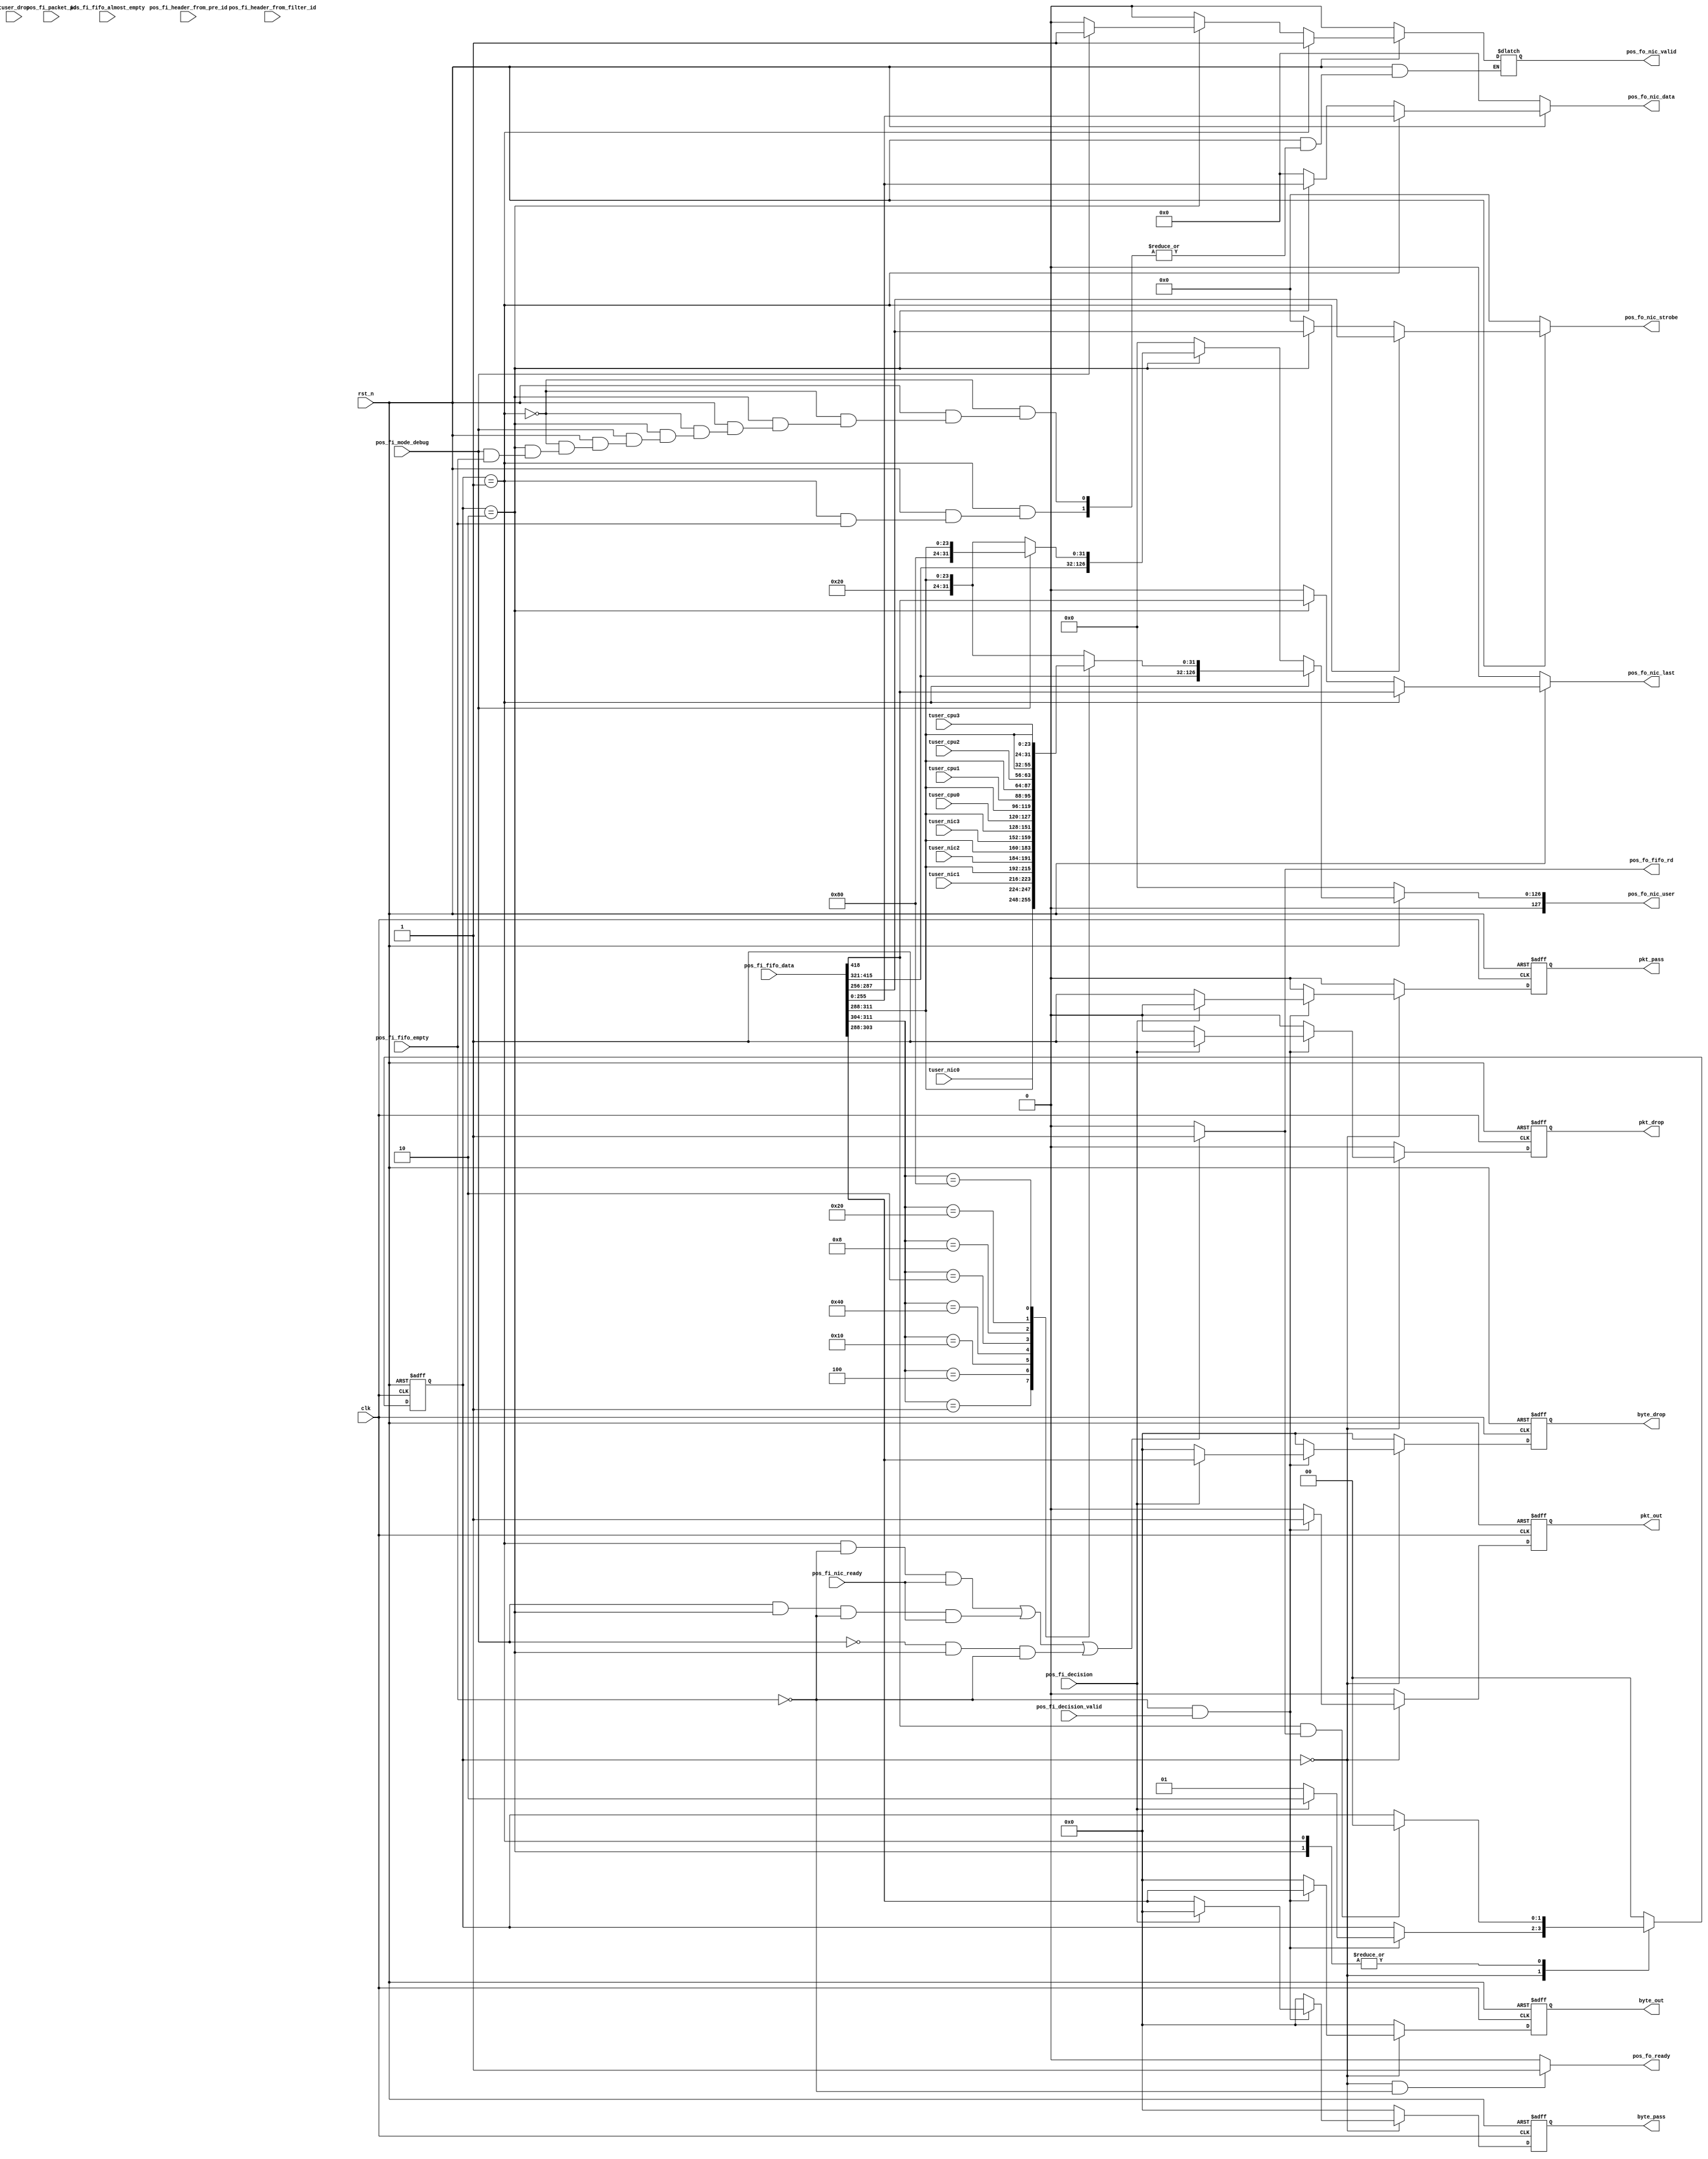
`timescale 1ns / 1ps
//////////////////////////////////////////////////////////////////////////////////
// University:     Ho Chi Minh City University of Technology (HCMUT) 
// Student:        Chau Tran (K11)
// 
// Design Name:    Packet Decoder (nf10_packet_decoder)
// Module Name:    packet_pos_process 
// Project Name:   DDoS Defender on board NetFPGA10G
// Target Devices: Virtex 5 - vtx240tff1759-2
// Tool versions:  ISE 13.4
// Description:    Receive the decision from outside (filters)
//                 Output packet to nic (or any other receivers)
// Dependencies: 
//
// Revision: 
// Revision 0.01 - File Created
// Revision 0.02 - Update Handshake
// Revision 0.03 - Update register file for debug
// Additional Comments: Recommend using XILINX GUI to open file 
//
//////////////////////////////////////////////////////////////////////////////////
module packet_pos_process #(
     parameter DATA_WIDTH   = 256,
	  parameter AXI_WIDTH    = 32,
	  parameter USER_WIDTH   = 128,
	  parameter ID_WIDTH     = 2
    )
    (
    input wire                     		    	            clk,
    input wire                     				            rst_n,
	 input wire                     				            pos_fi_mode_debug,
	 //Raw packet fifo interface
    input wire  [(DATA_WIDTH+ID_WIDTH+DATA_WIDTH/8+USER_WIDTH):0]   pos_fi_fifo_data,
    input wire  [ID_WIDTH-1:0] 				               pos_fi_packet_id,
	 input wire  [ID_WIDTH-1:0] 				               pos_fi_header_from_filter_id,
	 input wire  [ID_WIDTH-1:0] 				               pos_fi_header_from_pre_id,
    input wire                     	      		         pos_fi_fifo_almost_empty,
    input wire                     	      		         pos_fi_fifo_empty,
	 output wire                    	     			         pos_fo_fifo_rd,
	 //Decision maker interface
    input wire                     	     			         pos_fi_decision,
    input wire                    	     			         pos_fi_decision_valid,
	 output wire                   				            pos_fo_ready,
	 //NIC interface
    input wire                    	    			         pos_fi_nic_ready,
    output reg  [DATA_WIDTH-1:0]         			         pos_fo_nic_data,
	 output reg  [DATA_WIDTH/8-1:0]         	            pos_fo_nic_strobe,
    output reg                     	    			         pos_fo_nic_valid,
	 output reg                     	    			         pos_fo_nic_last,
	 output reg  [USER_WIDTH-1:0]                        	pos_fo_nic_user,
	 // NIC output lookup port
	 input wire [7:0]                                     tuser_drop,
	 input wire [7:0]                                     tuser_nic0,
	 input wire [7:0]                                     tuser_nic1,
	 input wire [7:0]                                     tuser_nic2,
	 input wire [7:0]                                     tuser_nic3,
	 input wire [7:0]                                     tuser_cpu0,
	 input wire [7:0]                                     tuser_cpu1,
	 input wire [7:0]                                     tuser_cpu2,
	 input wire [7:0]                                     tuser_cpu3,
	 //PACKET counter
    output reg                                           pkt_out,
    output reg [AXI_WIDTH/2-1 : 0]                       byte_out,
	 output reg                                           pkt_pass,
    output reg [AXI_WIDTH/2-1 : 0]                       byte_pass,
	 output reg                                           pkt_drop,
    output reg [AXI_WIDTH/2-1 : 0]                       byte_drop
    );

    //Local parameter
    localparam FF_DLY       = 0;
    localparam BITS         = 2;
    localparam WAIT         = 2'b00;
    localparam PASS         = 2'b01;
    localparam DROP         = 2'b10;

    localparam DISABLE      = 1'b0;
    localparam ENABLE       = 1'b1;
    localparam MASK_DATA    = {(DATA_WIDTH){1'b0}};
	 localparam MASK_STROBE  = {(DATA_WIDTH/8){1'b0}};
	 localparam MASK_USER    = {(USER_WIDTH){1'b0}};

    //Internal variables
    reg [BITS-1:0]                   state;
    reg [BITS-1:0]                   next_state;
	 reg                              next_pkt_out;
    reg [AXI_WIDTH/2-1 : 0]          next_byte_out;
	 reg                              next_pkt_pass;
    reg [AXI_WIDTH/2-1 : 0]          next_byte_pass;
	 reg                              next_pkt_drop;
    reg [AXI_WIDTH/2-1 : 0]          next_byte_drop;
    
    assign pos_fo_ready   = (state == WAIT && !pos_fi_fifo_empty) ? ENABLE : DISABLE; //Ready when the fifo is not empty and the pos doesn't work.
	 assign pos_fo_fifo_rd = ((state == PASS && !pos_fi_fifo_empty && pos_fi_nic_ready) 
	                       || (pos_fi_mode_debug && state == DROP && !pos_fi_fifo_empty && pos_fi_nic_ready)
								  || (!pos_fi_mode_debug && state == DROP && !pos_fi_fifo_empty)) 
									  ? ENABLE : DISABLE;

    //State control logic
    always @(posedge clk or negedge rst_n) begin
      if(!rst_n) begin 
		  state     <= #FF_DLY WAIT;
		  pkt_out   <= #FF_DLY DISABLE;
		  byte_out  <= #FF_DLY {(AXI_WIDTH/2){1'b0}};
		  pkt_pass  <= #FF_DLY DISABLE;
		  byte_pass <= #FF_DLY {(AXI_WIDTH/2){1'b0}};
		  pkt_drop  <= #FF_DLY DISABLE;
		  byte_drop <= #FF_DLY {(AXI_WIDTH/2){1'b0}};
		end
      else begin 
		  state     <= #FF_DLY next_state; 
		  pkt_out   <= #FF_DLY next_pkt_out;
		  byte_out  <= #FF_DLY next_byte_out;
		  pkt_pass   <= #FF_DLY next_pkt_pass;
		  byte_pass  <= #FF_DLY next_byte_pass;
		  pkt_drop   <= #FF_DLY next_pkt_drop;
		  byte_drop  <= #FF_DLY next_byte_drop;
		end		
    end
    always @(*) begin
	   next_state     = state;
	   next_pkt_out   = DISABLE;
		next_byte_out  = {(AXI_WIDTH/2){1'b0}};
		next_pkt_pass  = DISABLE;
		next_byte_pass = {(AXI_WIDTH/2){1'b0}};
		next_pkt_drop  = DISABLE;
		next_byte_drop = {(AXI_WIDTH/2){1'b0}};
      case (state)
        WAIT: begin
          if(!pos_fi_fifo_empty && pos_fi_decision_valid) begin
				next_pkt_out     = ENABLE;
				next_byte_out    = pos_fi_fifo_data[303:288];
            if(pos_fi_decision)   begin 
				  next_state     = DROP; 
				  next_pkt_drop  = ENABLE;
				  next_byte_drop = pos_fi_fifo_data[303:288];
				end
            else begin 
				  next_state = PASS; 
				  next_pkt_pass  = ENABLE;
				  next_byte_pass = pos_fi_fifo_data[303:288];
				end
          end
        end
        PASS: begin if (pos_fi_fifo_data[418] == 1'b1 && pos_fo_fifo_rd) next_state = WAIT; end
        DROP: begin if (pos_fi_fifo_data[418] == 1'b1 && pos_fo_fifo_rd) next_state = WAIT; end
        default: begin next_state = WAIT; end
      endcase
    end
    
    //NIC interface
	 always @(*) begin
	   if(!rst_n) begin 
	     pos_fo_nic_data   = MASK_DATA;
	  	  pos_fo_nic_strobe = MASK_STROBE;
		  pos_fo_nic_valid  = DISABLE;
		  pos_fo_nic_last   = DISABLE;
        pos_fo_nic_user   = MASK_USER;
		end
		else begin
		  if(state == PASS) begin
			 pos_fo_nic_data   = pos_fi_fifo_data[255:0];
          pos_fo_nic_strobe = pos_fi_fifo_data[287:256];
			 if(!pos_fi_fifo_empty) begin pos_fo_nic_valid  = ENABLE; end
          pos_fo_nic_last   = pos_fi_fifo_data[418];
			 case (pos_fi_fifo_data[311:304])
			   8'h01: begin pos_fo_nic_user = {pos_fi_fifo_data[415:321], tuser_nic0, pos_fi_fifo_data[311:288]}; end
			   8'h04: begin pos_fo_nic_user = {pos_fi_fifo_data[415:321], tuser_nic1, pos_fi_fifo_data[311:288]}; end
			   8'h10: begin pos_fo_nic_user = {pos_fi_fifo_data[415:321], tuser_nic2, pos_fi_fifo_data[311:288]}; end
				8'h40: begin pos_fo_nic_user = {pos_fi_fifo_data[415:321], tuser_nic3, pos_fi_fifo_data[311:288]}; end
			   
			   8'h02: begin pos_fo_nic_user = {pos_fi_fifo_data[415:321], tuser_cpu0, pos_fi_fifo_data[311:288]}; end
			   8'h08: begin pos_fo_nic_user = {pos_fi_fifo_data[415:321], tuser_cpu1, pos_fi_fifo_data[311:288]}; end
				8'h20: begin pos_fo_nic_user = {pos_fi_fifo_data[415:321], tuser_cpu2, pos_fi_fifo_data[311:288]}; end
				8'h80: begin pos_fo_nic_user = {pos_fi_fifo_data[415:321], tuser_cpu3, pos_fi_fifo_data[311:288]}; end
				
				default: begin pos_fo_nic_user = {pos_fi_fifo_data[415:321], 8'h20, pos_fi_fifo_data[311:288]}; end
			 endcase
		  end
		  else if(state == DROP) begin
		              if(pos_fi_mode_debug) begin
			             pos_fo_nic_data   = pos_fi_fifo_data[255:0];
                      pos_fo_nic_strobe = pos_fi_fifo_data[287:256];
                      if(!pos_fi_fifo_empty) begin pos_fo_nic_valid  = ENABLE; end
                      pos_fo_nic_last   = pos_fi_fifo_data[418];
			             pos_fo_nic_user   = {pos_fi_fifo_data[415:321], 8'h80, pos_fi_fifo_data[311:288]};
			           end
			       else begin
			         pos_fo_nic_data   = pos_fi_fifo_data[255:0];
                  pos_fo_nic_strobe = pos_fi_fifo_data[287:256];
                  pos_fo_nic_valid  = DISABLE;
                  pos_fo_nic_last   = pos_fi_fifo_data[418];
			         pos_fo_nic_user   = {pos_fi_fifo_data[415:321], 8'h20, pos_fi_fifo_data[311:288]};
			       end
		       end
		  else begin
		    pos_fo_nic_data   = MASK_DATA;
	  	    pos_fo_nic_strobe = MASK_STROBE;
		    pos_fo_nic_valid  = DISABLE;
		    pos_fo_nic_last   = DISABLE;
          pos_fo_nic_user   = MASK_USER;
		  end
		end
	 end
endmodule